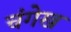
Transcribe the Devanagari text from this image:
चंगेख